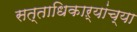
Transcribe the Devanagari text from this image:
सत्ताधिकाऱ्यांच्या